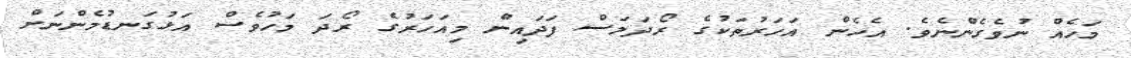
މަހެއް ނުވެގެންނެވެ. އެހެން އަހަރުތަކުގެ ރޯދަމަސް ފަދައިން މިއަހަރުގެ ރޯދަ މަހުވެސް އަޅުގަނޑުމެންނަށް